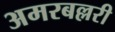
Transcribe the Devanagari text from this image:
अमरबल्लरी